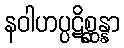
နဝါဟပ္ပဋိစ္ဆန္နာ